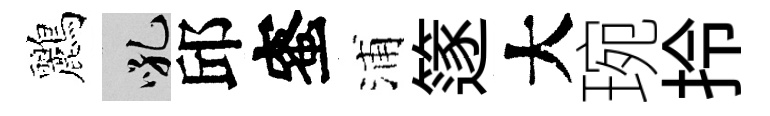
鸝吼邱蜜浦篴大琬拎